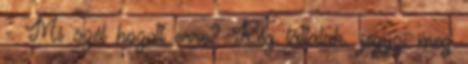
- Mi szél hozott erre? Rég láttalak. jegyzi meg